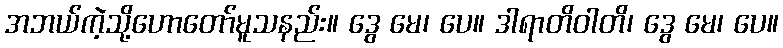
အဘယ်ကဲ့သို့ဟောတော်မူသနည်း။ ဒွေ မေ၊ ပေ။ ဒါရာတိဝါတိ၊ ဒွေ မေ၊ ပေ။